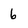
Character: 6